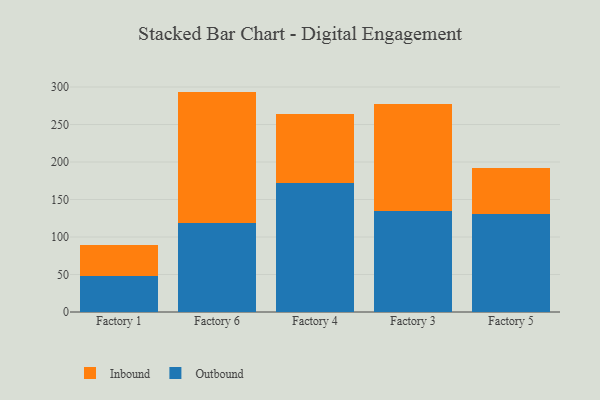
{"axis": {"x": "Factory", "y": "Revenue (USD Million)"}, "legend": ["Inbound", "Outbound"], "data": [{"x": "Factory 1", "y": 48.5, "type": "Outbound"}, {"x": "Factory 1", "y": 40.8, "type": "Inbound"}, {"x": "Factory 6", "y": 119.1, "type": "Outbound"}, {"x": "Factory 6", "y": 174.8, "type": "Inbound"}, {"x": "Factory 4", "y": 171.7, "type": "Outbound"}, {"x": "Factory 4", "y": 92.4, "type": "Inbound"}, {"x": "Factory 3", "y": 134.2, "type": "Outbound"}, {"x": "Factory 3", "y": 142.9, "type": "Inbound"}, {"x": "Factory 5", "y": 130.4, "type": "Outbound"}, {"x": "Factory 5", "y": 62.0, "type": "Inbound"}]}